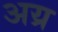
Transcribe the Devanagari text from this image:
अय्र